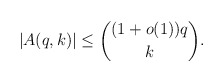
\begin{align*} |A(q,k)| \leq \binom{(1+o(1))q}{k}. \end{align*}